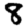
Digit: 8